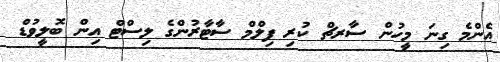
އެންމެ ގިނަ މީހުން ސާރޗް ކުރި ފިލްމް ސާޓާރުންގެ ލިސްޓް އިން ބޮލީވުޑް